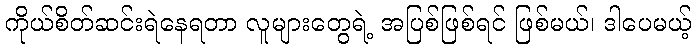
ကိုယ်စိတ်ဆင်းရဲနေရတာ လူများတွေရဲ့ အပြစ်ဖြစ်ရင် ဖြစ်မယ်၊ ဒါပေမယ့်